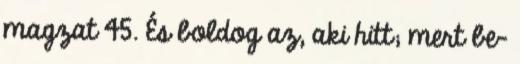
magzat 45. És boldog az, aki hitt; mert be−